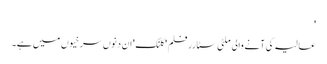
'
عالیہ کی آنے والی ملٹی سٹارر فلم 'کلنک' ان دنوں سرخیوں میں ہے۔